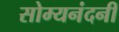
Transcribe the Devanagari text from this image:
सोम्यनंदनी